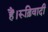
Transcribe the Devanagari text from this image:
हैं।रूढ़िवादी